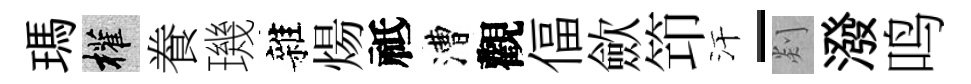
瑪權飬璣雜煬祗漕觀偪歛笻汗-剡潑鸣